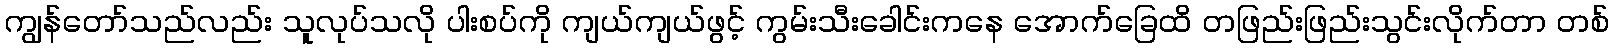
ကျွန်တော်သည်လည်း သူလုပ်သလို ပါးစပ်ကို ကျယ်ကျယ်ဖွင့် ကွမ်းသီးခေါင်းကနေ အောက်ခြေထိ တဖြည်းဖြည်းသွင်းလိုက်တာ တစ်